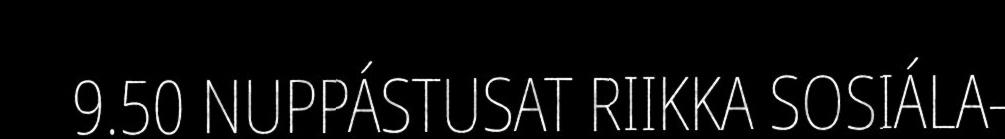
9.50 NUPPÁSTUSAT RIIKKA SOSIÁLA-